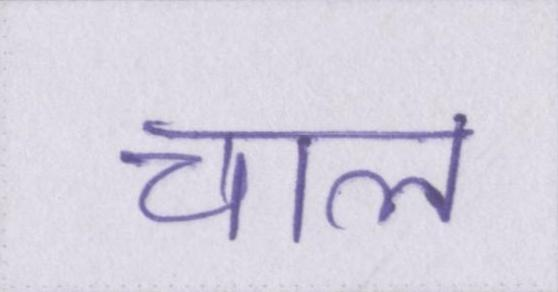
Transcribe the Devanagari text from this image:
चाल